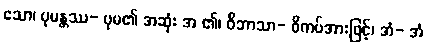
သော၊ ပုမန္တဿ- ပုမ၏ အဆုံး အ ၏၊ ဝိဘာသာ- ဝိကပ်အားဖြင့်၊ အံ- အံ